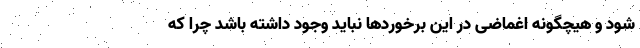
شود و هیچگونه اغماضی در این برخورد‌ها نباید وجود داشته باشد چرا که